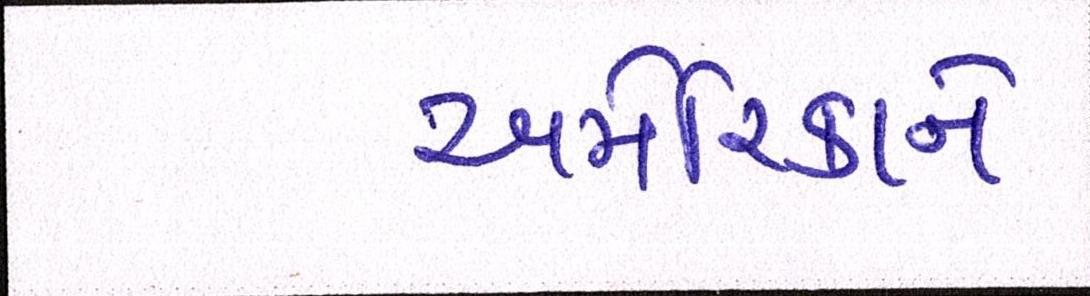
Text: અમેરિકાને